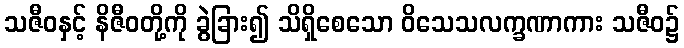
သဇီဝနှင့် နိဇီဝတို့ကို ခွဲခြား၍ သိရှိစေသော ဝိသေသလက္ခဏာကား သဇီဝ၌